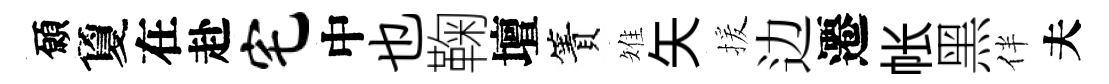
願夐在赴宅中也鞠壇簀雉矢援边遷帐黑伴夫